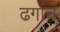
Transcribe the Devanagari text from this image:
ढगांचं